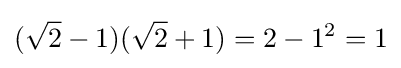
({\sqrt {2}}-1)({\sqrt {2}}+1)=2-1^{2}=1